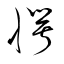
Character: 愕